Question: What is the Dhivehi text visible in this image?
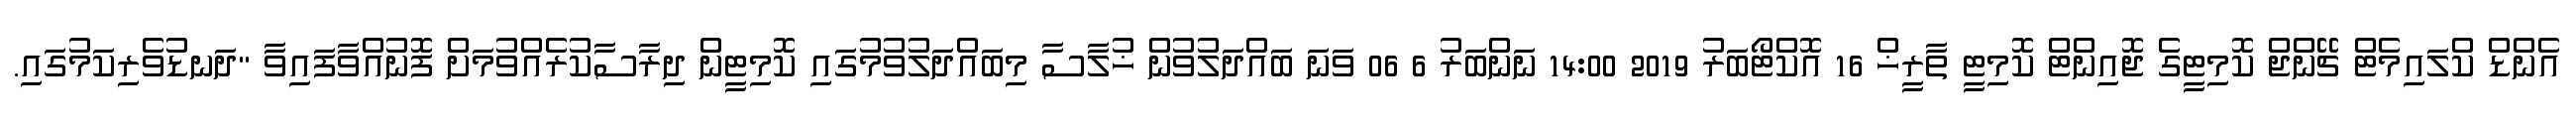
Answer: އެންޑް ކްލައިމެޓް ޗޭންޖް ކޮމިޓީގެ ޖޮއިންޓް ކޮމިޓީ ތާރީޚް 16 އޮކްޓޯބަރު 2019 14:00 ނަންބަރު 6 06 ވަނަ ބައްދަލުވުން ޚުލާސާ މިބައްދަލުވުމުގައި ކޮމިޓީން ދިރާސާކުރެއްވުމަށް ފޮނުއްވާފައިވާ "ދަނޑުވެރިކަމުގައި.